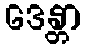
ဒေန္တာ